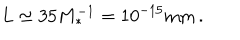
L \simeq 3 5 M _ { * } ^ { - 1 } = 1 0 ^ { - 1 5 } \mathrm { m m } \, .